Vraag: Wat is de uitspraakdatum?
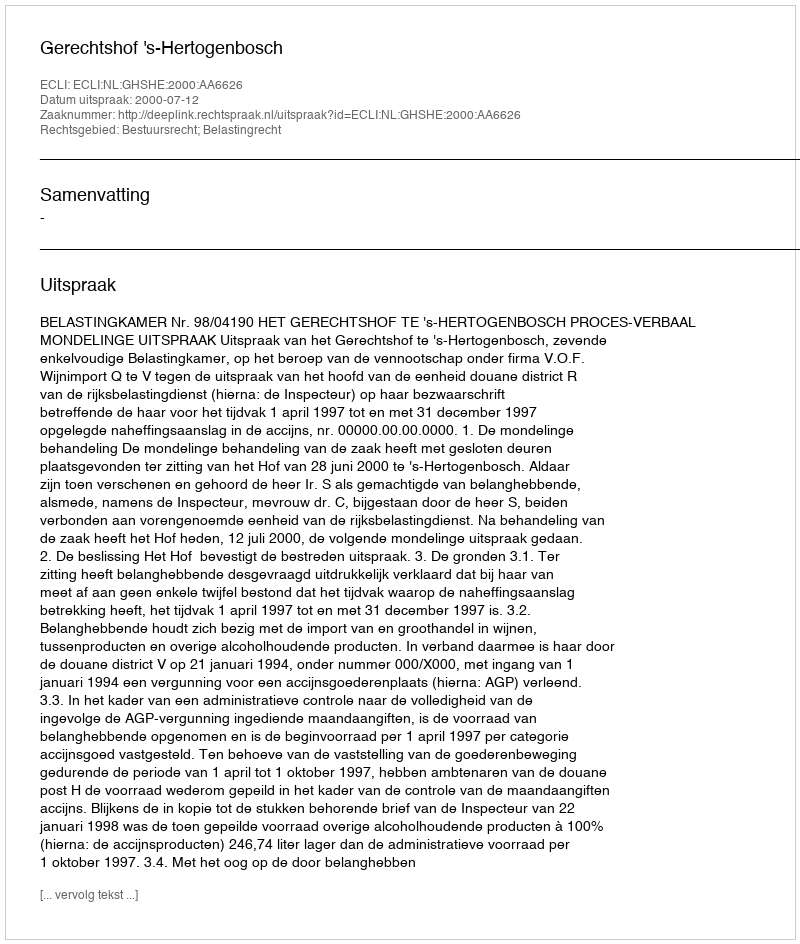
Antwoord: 2000-07-12